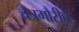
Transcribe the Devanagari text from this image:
चैत्रगौरीचे